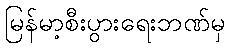
မြန်မာ့စီးပွားရေးဘဏ်မှ